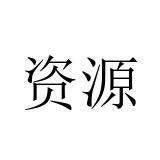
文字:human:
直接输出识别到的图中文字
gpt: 资源